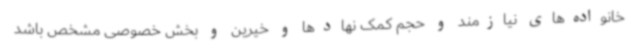
خانواده‌های نیازمند و حجم کمک نهادها و خیرین و بخش خصوصی مشخص باشد